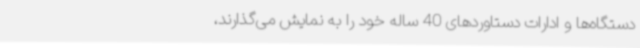
دستگاه‌ها و ادارات دستاوردهای 40 ساله خود را به نمایش می‌گذارند،